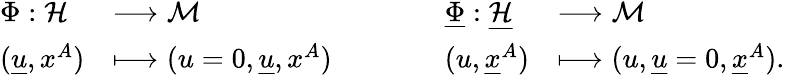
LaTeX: \begin{array}{lllll}{\Phi:\mathcal H}&{\longrightarrow\mathcal M}&{\qquad}&{\underline{\Phi}:\mathcal{\underline{H}}}&{\longrightarrow\mathcal M}\\ {(\underline{u},x^{A})}&{\longmapsto(u=0,\underline{u},x^{A})}&{\qquad}&{(u,\underline{x}^{A})}&{\longmapsto(u,\underline{u}=0,\underline{x}^{A}).}\end{array}